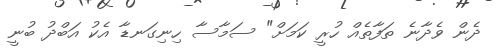
ދެން ވެދާނެ ތަފާތެއް ހުރީ ކަމަށް" ސަމާސާ ހިނިގަނޑާ އެކު އަބްދު ބުނީ